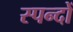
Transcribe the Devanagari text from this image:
स्पन्दों